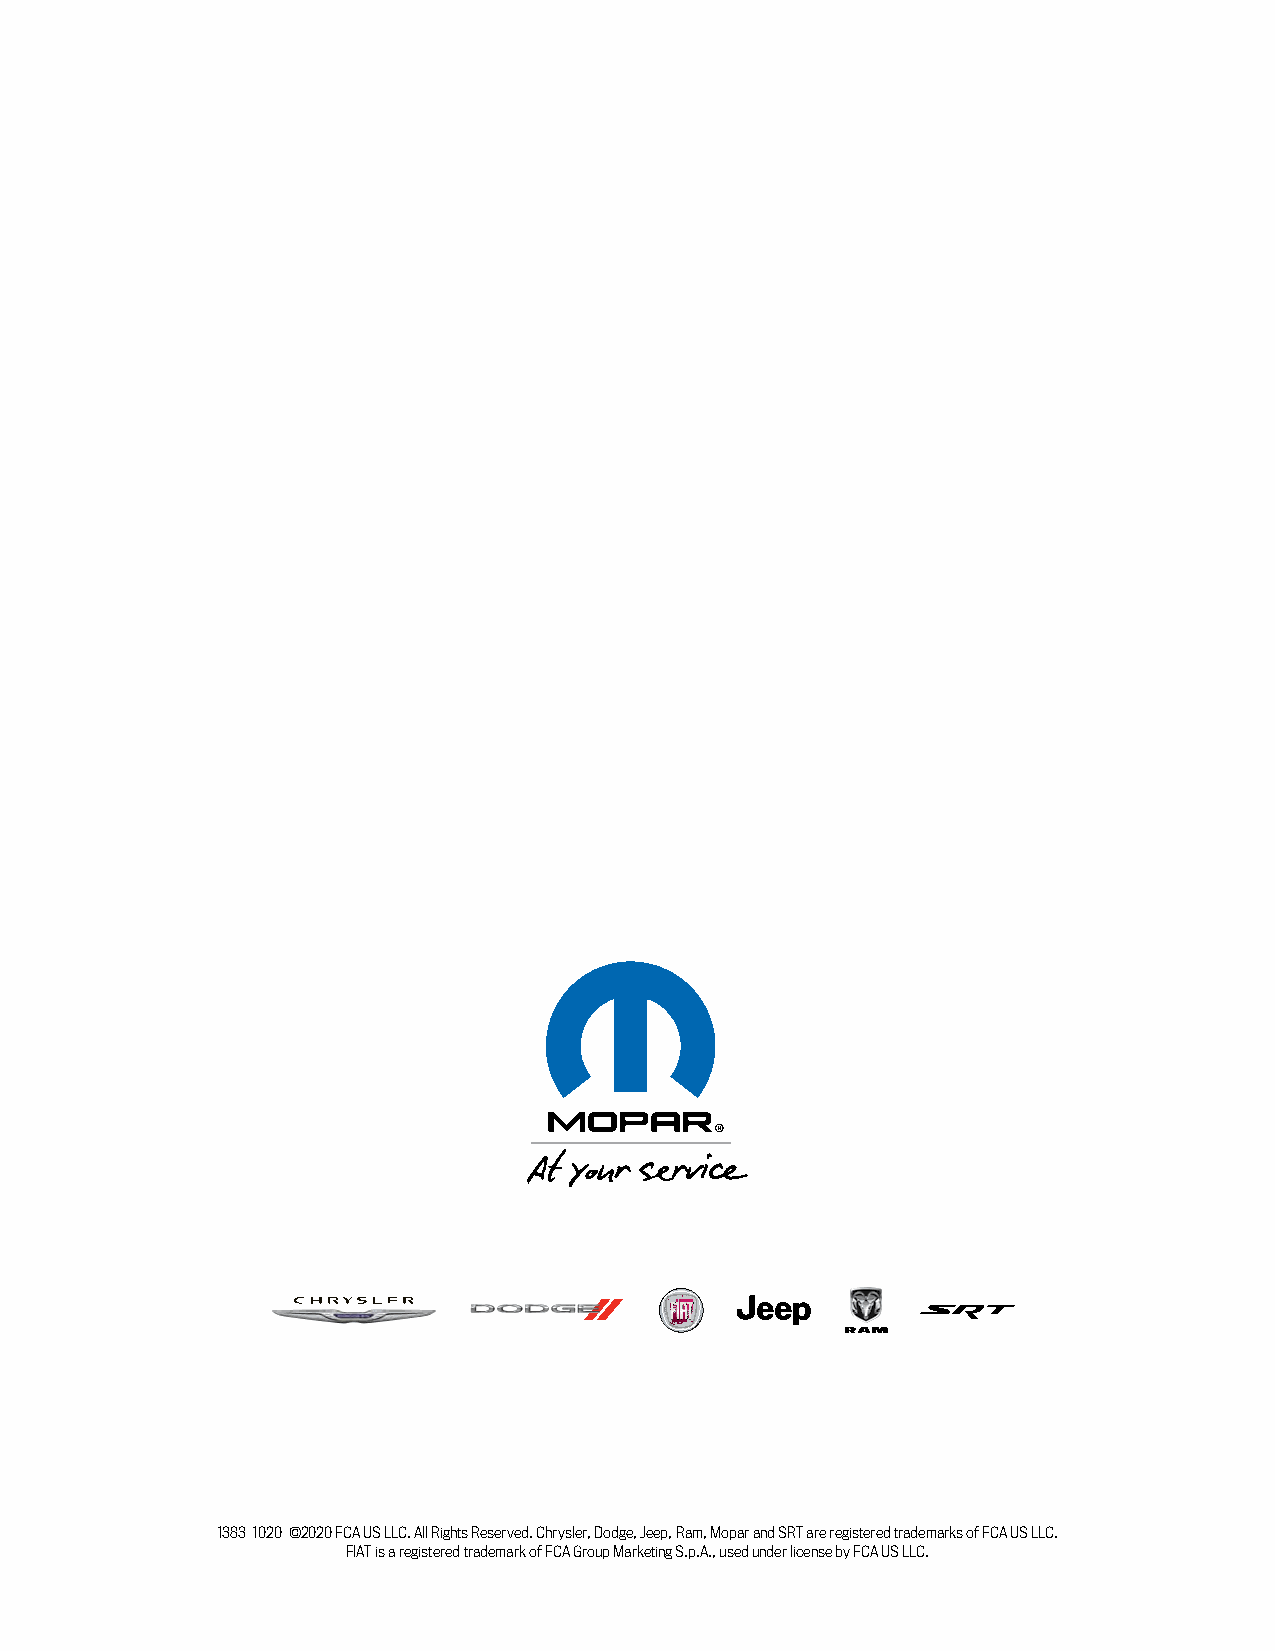
1383 1020 ©2020 FCA US LLC. All Rights Reserved. Chrysler, Dodge, Jeep, Ram, Mopar and SRT are registered trademarks of FCA US LLC.
 FIAT is a registered trademark of FCA Group Marketing S.p.A., used under license by FCA US LLC.